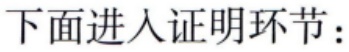
下面进入证明环节：